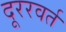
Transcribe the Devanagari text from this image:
दूररवर्त